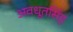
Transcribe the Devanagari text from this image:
अवधूतसिंह